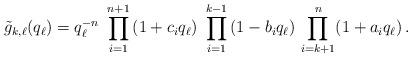
LaTeX: \begin{align*}\tilde{g}_{k,\ell}(q_\ell) = q_\ell^{-n}\ \prod_{i=1}^{n+1}\,(1+c_iq_\ell)\ \prod_{i=1}^{k-1}\,(1-b_iq_\ell)\, \prod_{i=k+1}^n (1+a_iq_\ell) \,.\end{align*}